Indian journal of veterinary science and animal husbandry - Volume 6,
Year: 1936
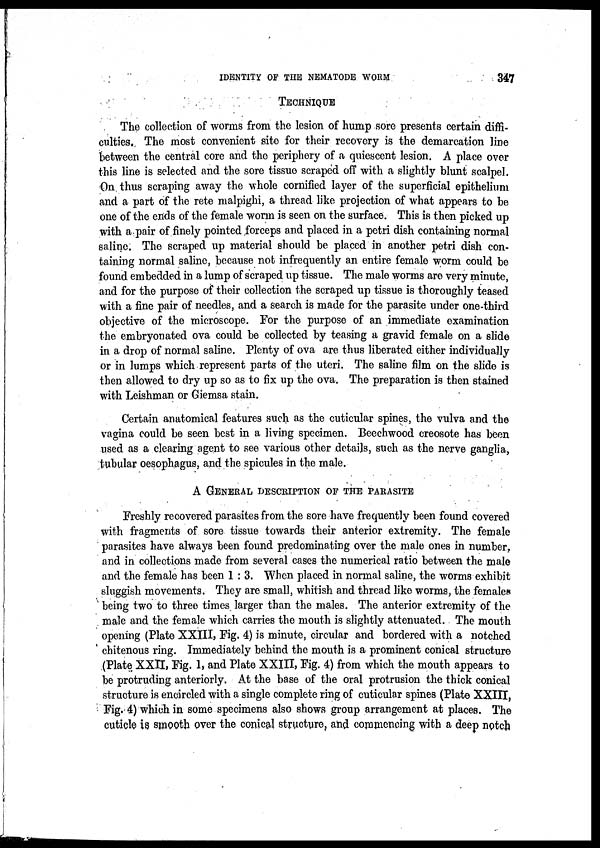
IDENTITY OF THE NEMATODE WORM
347
TECHNIQUE
The collection of worms from the lesion of hump sore presents certain diffi-
culties. The most convenient site for their recovery is the demarcation line
between the central core and the periphery of a quiescent lesion. A place over
this line is selected and the sore tissue scraped off with a slightly blunt scalpel.
On thus scraping away the whole cornified layer of the superficial epithelium
and a part of the rete malpighi, a thread like projection of what appears to be
one of the ends of the female worm is seen on the surface. This is then picked up
with a pair of finely pointed forceps and placed in a petri dish containing normal
saline. The scraped up material should be placed in another petri dish con-
taining normal saline, because not infrequently an entire female worm could be
found embedded in a lump of scraped up tissue. The male worms are very minute,
and for the purpose of their collection the scraped up tissue is thoroughly teased
with a fine pair of needles, and a search is made for the parasite under one-third
objective of the microscope. For the purpose of an immediate examination
the embryonated ova could be collected by teasing a gravid female on a slide
in a drop of normal saline. Plenty of ova are thus liberated either individually
or in lumps which represent parts of the uteri. The saline film on the slide is
then allowed to dry up so as to fix up the ova. The preparation is then stained
with Leishman or Giemsa stain.
Certain anatomical features such as the cuticular spines, the vulva and the
vagina could be seen best in a living specimen. Beechwood creosote has been
used as a clearing agent to see various other details, such as the nerve ganglia,
tubular oesophagus, and the spicules in the male.
A GENERAL DESCRIPTION OF THE PARASITE
Freshly recovered parasites from the sore have frequently been found covered
with fragments of sore tissue towards their anterior extremity. The female
parasites have always been found predominating over the male ones in number,
and in collections made from several cases the numerical ratio between the male
and the female has been 1 : 3. When placed in normal saline, the worms exhibit
sluggish movements. They are small, whitish and thread like worms, the females
being two to three times larger than the males. The anterior extremity of the
male and the female which carries the mouth is slightly attenuated. The mouth
opening (Plate XXIII, Fig. 4) is minute, circular and bordered with a notched
chitenous ring. Immediately behind the mouth is a prominent conical structure
(Plate XXII, Fig. 1, and Plate XXIII, Fig. 4) from which the mouth appears to
be protruding anteriorly. At the base of the oral protrusion the thick conical
structure is encircled with a single complete ring of cuticular spines (Plate XXIII,
Fig. 4) which in some specimens also shows group arrangement at places. The
cuticle is smooth over the conical structure, and commencing with a deep notch